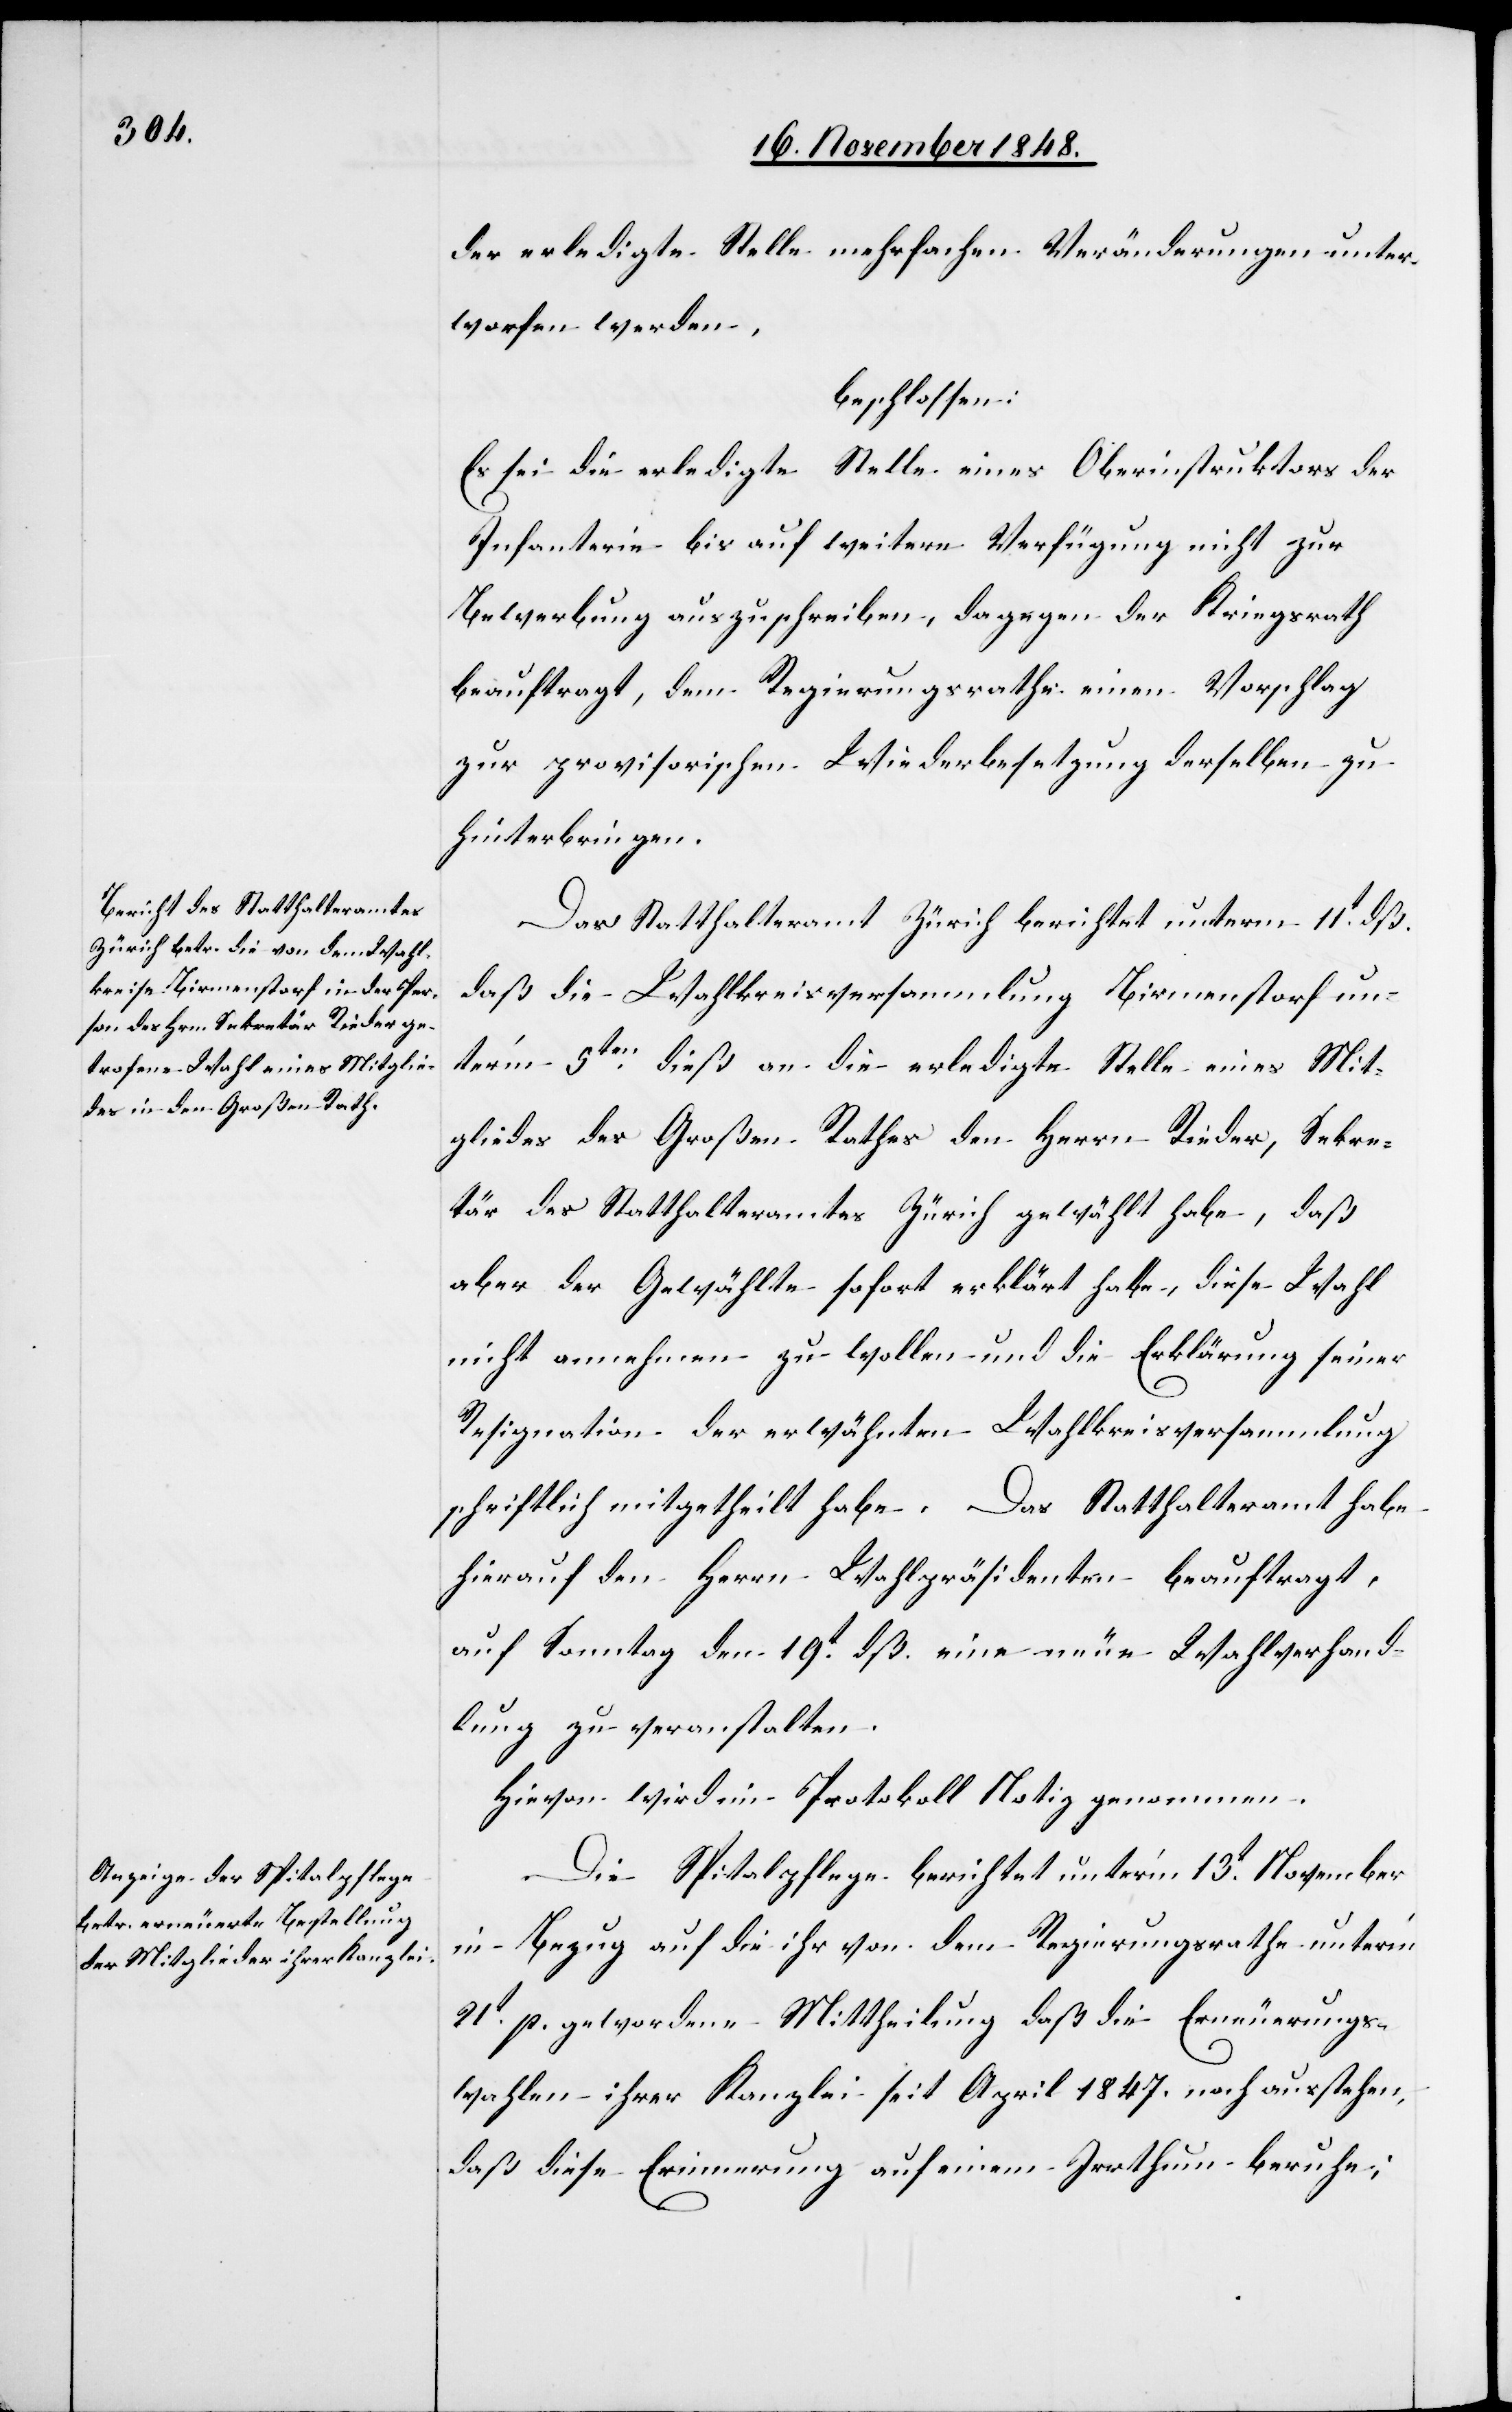
der erledigte Stelle [sic!] mehrfachen Veränderungen unter¬
worfen werden.
beschlossen:
Es sei die erledigte Stelle eines Oberinstruktors der
Infanterie bis auf weitere Verfügung nicht zur
Bewerbung auszuschreiben, dagegen der Kriegsrath
beauftragt, dem Regierungsrathe einen Vorschlag
zur provisorischen Wiederbesetzung derselben zu
hinterbringen.
Das Statthalteramt Zürich berichtet unterm 11t dß.
daß die Wahlkreisversammlung Birmenstorf un¬
ter’m 5ten dieß an die erledigte Stelle eines Mit¬
gliedes des Großen Rathes den Herrn Rieder, Sekre¬
tär des Statthalteramtes Zürich gewählt habe, daß
aber der Gewählte sofort erklärt habe, diese Wahl
nicht annehmen zu wollen und die Erklärung seiner
Resignation der erwähnten Wahlkreisversammlung
schriftlich mitgetheilt habe. Das Statthalteramt habe
hierauf den Herrn Wahlpräsidenten beauftragt,
auf Sonntag den 19t dß. eine neue Wahlverhand¬
lung zu veranstalten.
Hievon wird im Protokoll Notiz genommen.
Die Spitalpflege berichtet unter’m 13t November
in Bezug auf die ihr von dem Regierungsrathe unter’m
21t p. gewordene Mittheilung daß die Erneuerungs¬
wahlen ihrer Kanzlei seit April 1847. noch ausstehen,
daß diese Erinnerung auf einem Irrthum beruhe;